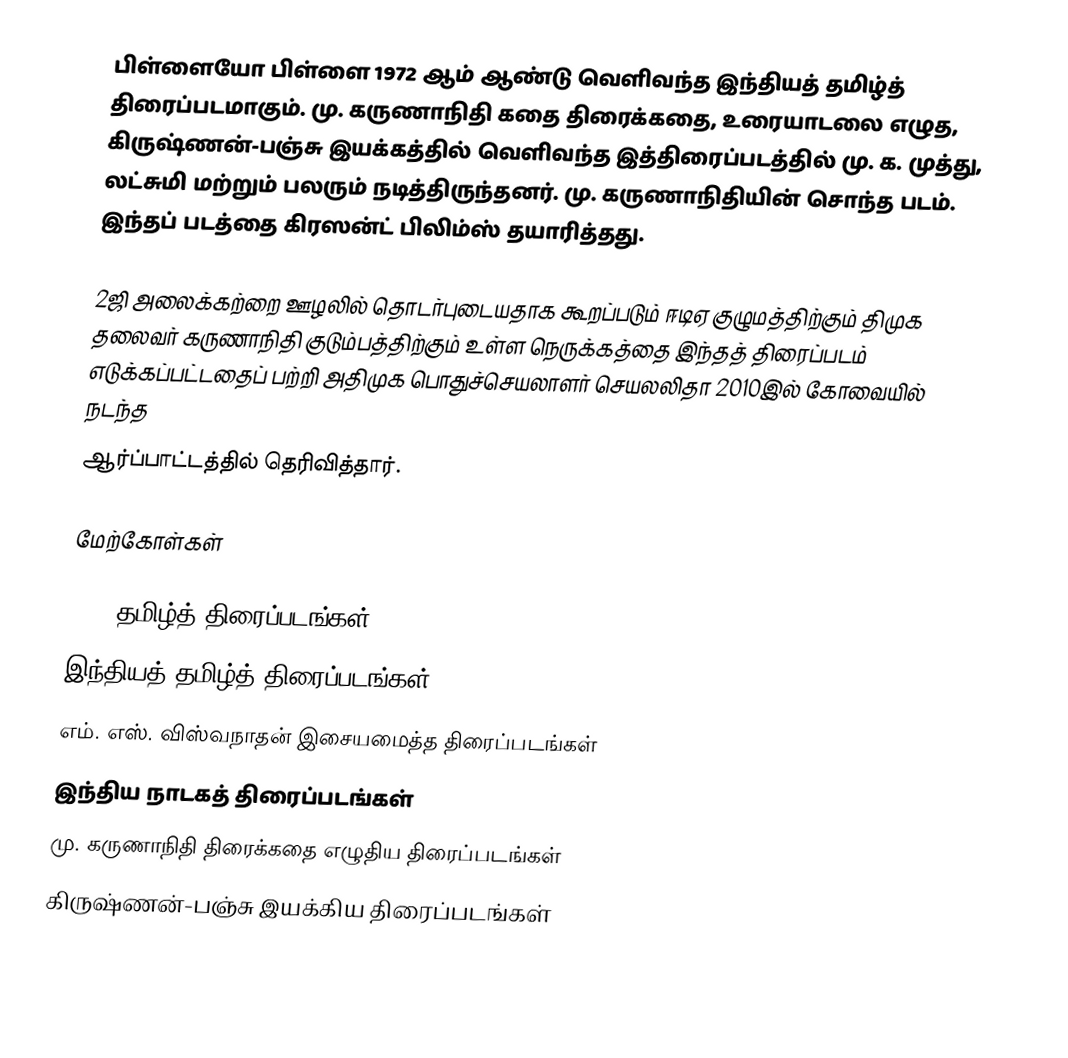
பிள்ளையோ பிள்ளை 1972 ஆம் ஆண்டு வெளிவந்த இந்தியத் தமிழ்த் திரைப்படமாகும். மு. கருணாநிதி கதை திரைக்கதை, உரையாடலை  எழுத,  கிருஷ்ணன்-பஞ்சு இயக்கத்தில் வெளிவந்த இத்திரைப்படத்தில் மு. க. முத்து, லட்சுமி மற்றும் பலரும் நடித்திருந்தனர். மு. கருணாநிதியின் சொந்த படம். இந்தப் படத்தை கிரஸன்ட் பிலிம்ஸ் தயாரித்தது.

2ஜி அலைக்கற்றை ஊழலில் தொடர்புடையதாக கூறப்படும் ஈடிஏ குழுமத்திற்கும் திமுக தலைவர் கருணாநிதி குடும்பத்திற்கும் உள்ள நெருக்கத்தை இந்தத் திரைப்படம் எடுக்கப்பட்டதைப் பற்றி அதிமுக பொதுச்செயலாளர் செயலலிதா 2010இல் கோவையில் நடந்த
ஆர்ப்பாட்டத்தில் தெரிவித்தார்.

மேற்கோள்கள்

1972 தமிழ்த் திரைப்படங்கள்
இந்தியத் தமிழ்த் திரைப்படங்கள்
எம். எஸ். விஸ்வநாதன் இசையமைத்த திரைப்படங்கள்
இந்திய நாடகத் திரைப்படங்கள்
மு. கருணாநிதி திரைக்கதை எழுதிய திரைப்படங்கள்
கிருஷ்ணன்-பஞ்சு இயக்கிய திரைப்படங்கள்